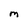
Character: M